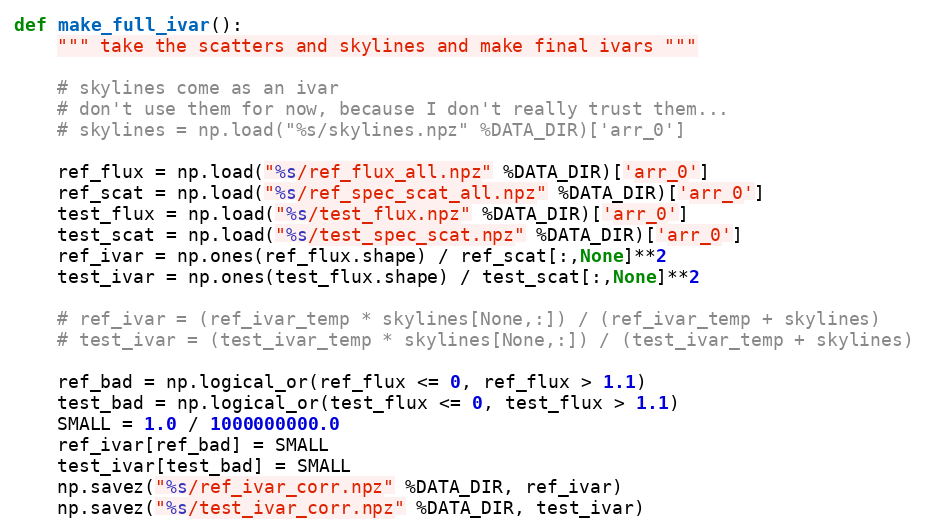
Language: Python
def make_full_ivar():
    """ take the scatters and skylines and make final ivars """

    # skylines come as an ivar
    # don't use them for now, because I don't really trust them...
    # skylines = np.load("%s/skylines.npz" %DATA_DIR)['arr_0']

    ref_flux = np.load("%s/ref_flux_all.npz" %DATA_DIR)['arr_0']
    ref_scat = np.load("%s/ref_spec_scat_all.npz" %DATA_DIR)['arr_0']
    test_flux = np.load("%s/test_flux.npz" %DATA_DIR)['arr_0']
    test_scat = np.load("%s/test_spec_scat.npz" %DATA_DIR)['arr_0']
    ref_ivar = np.ones(ref_flux.shape) / ref_scat[:,None]**2
    test_ivar = np.ones(test_flux.shape) / test_scat[:,None]**2

    # ref_ivar = (ref_ivar_temp * skylines[None,:]) / (ref_ivar_temp + skylines)
    # test_ivar = (test_ivar_temp * skylines[None,:]) / (test_ivar_temp + skylines)

    ref_bad = np.logical_or(ref_flux <= 0, ref_flux > 1.1)
    test_bad = np.logical_or(test_flux <= 0, test_flux > 1.1)
    SMALL = 1.0 / 1000000000.0
    ref_ivar[ref_bad] = SMALL
    test_ivar[test_bad] = SMALL
    np.savez("%s/ref_ivar_corr.npz" %DATA_DIR, ref_ivar)
    np.savez("%s/test_ivar_corr.npz" %DATA_DIR, test_ivar)